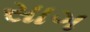
સાગ